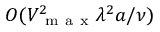
O ( V _ { \mathrm { ~ m ~ a ~ x ~ } } ^ { 2 } \lambda ^ { 2 } a / \nu )